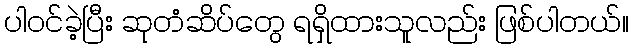
ပါဝင်ခဲ့ပြီး ဆုတံဆိပ်တွေ ရရှိထားသူလည်း ဖြစ်ပါတယ်။